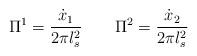
LaTeX: \begin{align*}\Pi^1 = \frac{\dot{x}_1}{2 \pi l_s^2} \qquad \Pi^2 = \frac{\dot{x}_2}{2 \pi l_s^2}\end{align*}